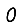
Digit: 0